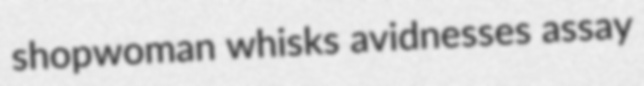
shopwoman whisks avidnesses assay